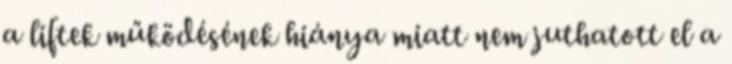
a liftek működésének hiánya miatt nem juthatott el a